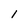
Character: l